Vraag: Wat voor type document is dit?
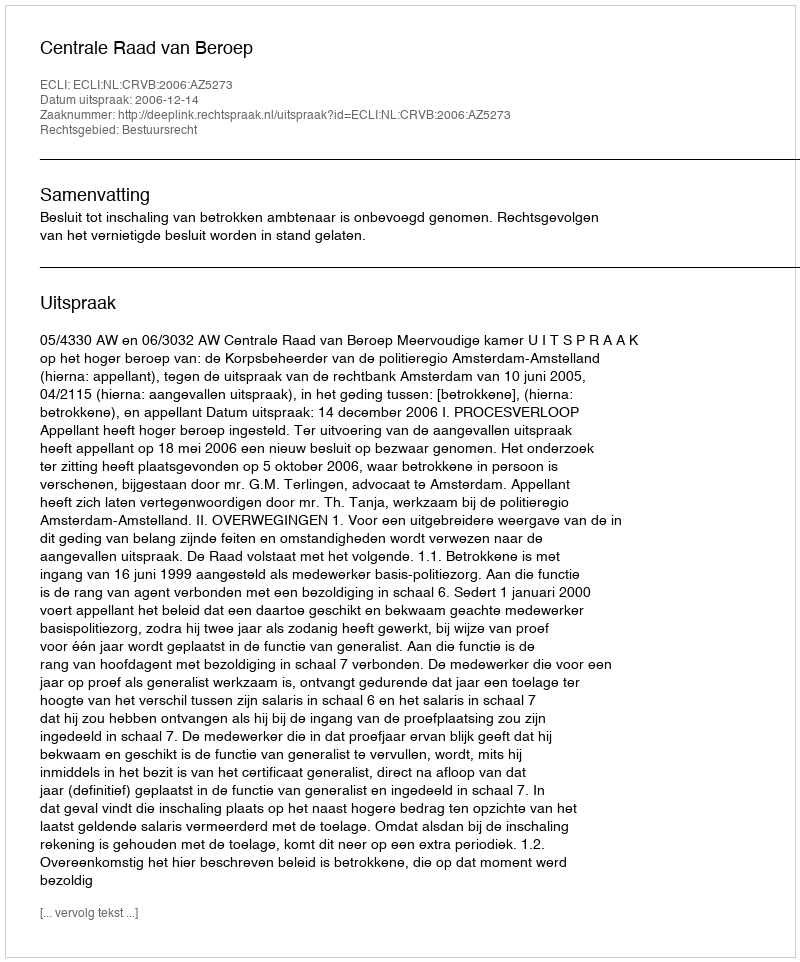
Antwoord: Uitspraak